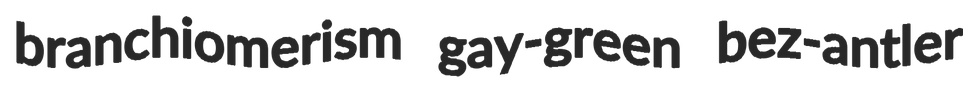
branchiomerism gay-green bez-antler